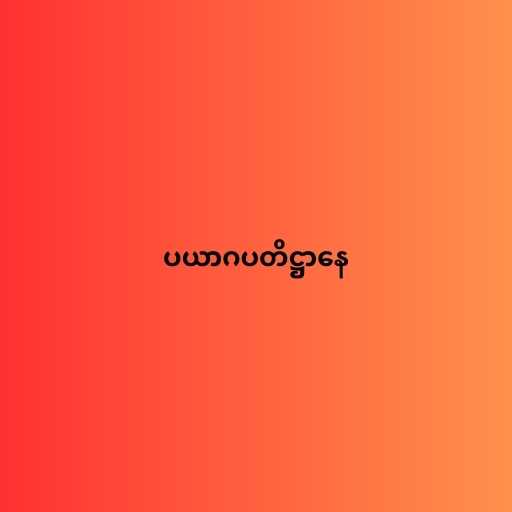
ပယာဂပတိဋ္ဌာနေ